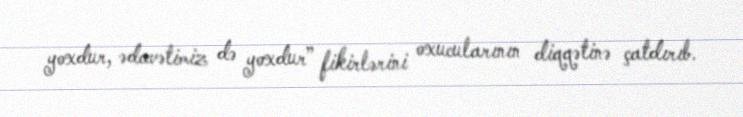
yoxdur, ədavətimiz də yoxdur” fikirlərini oxucularının diqqətinə çatdırıb.